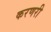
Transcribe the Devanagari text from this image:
करणरी